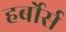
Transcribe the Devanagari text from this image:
हर्बोर्स